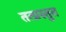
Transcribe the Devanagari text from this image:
तत्प्रस्तुत